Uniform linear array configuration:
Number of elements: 16
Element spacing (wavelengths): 0.75
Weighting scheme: binomial
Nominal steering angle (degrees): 30
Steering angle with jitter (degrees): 29.015
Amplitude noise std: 0.05
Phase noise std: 0.05

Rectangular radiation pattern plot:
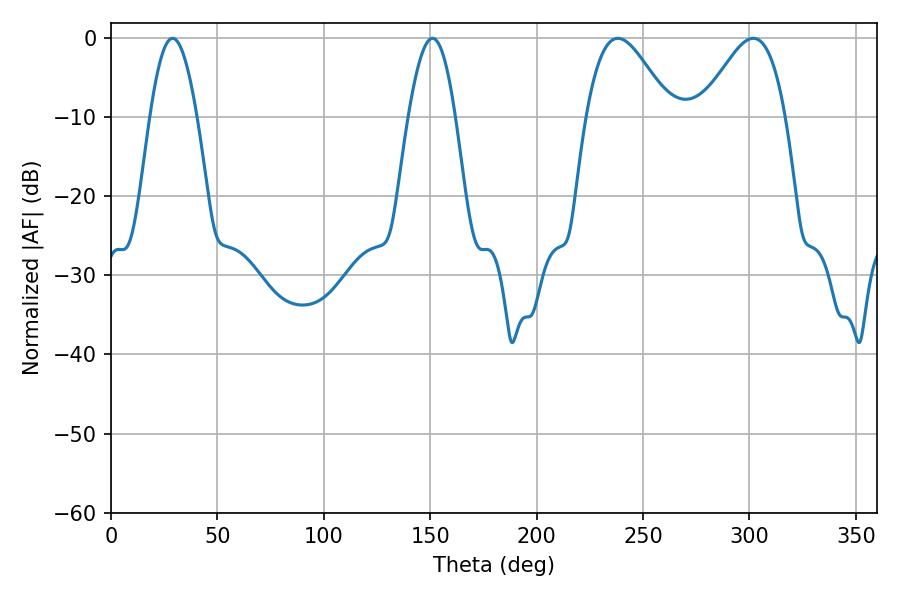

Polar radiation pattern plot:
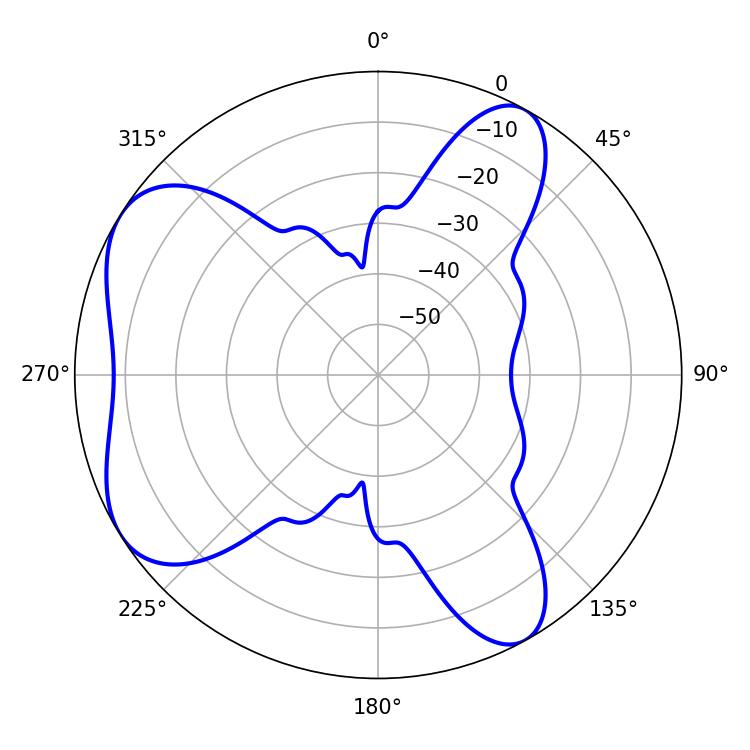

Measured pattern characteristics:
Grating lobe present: TRUE
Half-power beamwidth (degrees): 21.06
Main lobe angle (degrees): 238.14